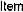
ITEM